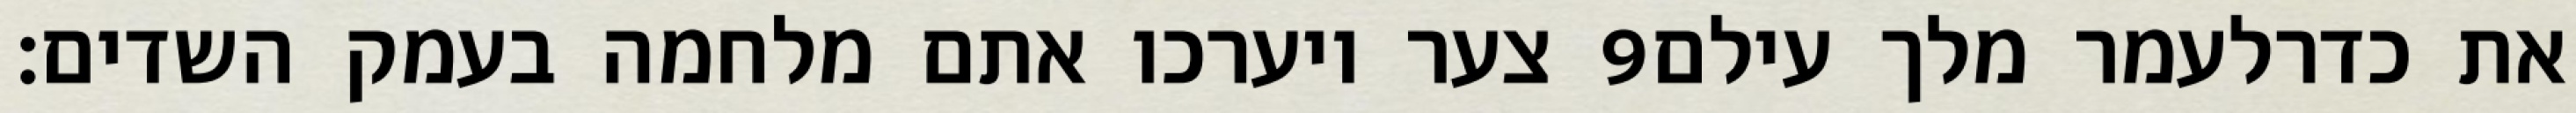
צער ויערכו אתם מלחמה בעמק השדים׃ ‎9‏ את כדרלעמר מלך עילם